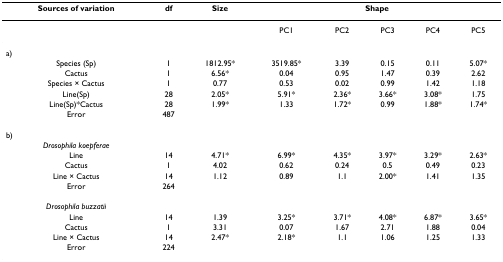
| Sources of variation | df | Size | <COLSPAN=5> Shape |
 | --- | --- | --- | --- | --- | --- | --- | --- |
 |  |  |  | PC1 | PC2 | PC3 | PC4 | PC5 |
 | a) |  |  |  |  |  |  |  |
 | Species (Sp) | 1 | 1812.95* | 3519.85* | 3.39 | 0.15 | 0.11 | 5.07* |
 | Cactus | 1 | 6.56* | 0.04 | 0.95 | 1.47 | 0.39 | 2.62 |
 | Species × Cactus | 1 | 0.77 | 0.53 | 0.02 | 0.99 | 1.42 | 1.18 |
 | Line(Sp) | 28 | 2.05* | 5.91* | 2.36* | 3.66* | 3.08* | 1.75 |
 | Line(Sp)*Cactus | 28 | 1.99* | 1.33 | 1.72* | 0.99 | 1.88* | 1.74* |
 | Error | 487 |  |  |  |  |  |  |
 | b) |  |  |  |  |  |  |  |
 | Drosophila koepferae |  |  |  |  |  |  |  |
 | Line | 14 | 4.71* | 6.99* | 4.35* | 3.97* | 3.29* | 2.63* |
 | Cactus | 1 | 4.02 | 0.62 | 0.24 | 0.5 | 0.49 | 0.23 |
 | Line × Cactus | 14 | 1.12 | 0.89 | 1.1 | 2.00* | 1.41 | 1.35 |
 | Error | 264 |  |  |  |  |  |  |
 | Drosophila buzzatii |  |  |  |  |  |  |  |
 | Line | 14 | 1.39 | 3.25* | 3.71* | 4.08* | 6.87* | 3.65* |
 | Cactus | 1 | 3.31 | 0.07 | 1.67 | 2.71 | 1.88 | 0.04 |
 | Line × Cactus | 14 | 2.47* | 2.18* | 1.1 | 1.06 | 1.25 | 1.33 |
 | Error | 224 |  |  |  |  |  |  |